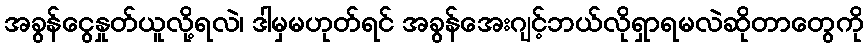
အခွန်ငွေနှုတ်ယူလို့ရလဲ၊ ဒါမှမဟုတ်ရင် အခွန်အေးဂျင့်ဘယ်လိုရှာရမလဲဆိုတာတွေကို